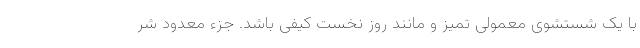
با یک شستشوی معمولی تمیز و مانند روز نخست کیفی باشد. جزء معدود شر